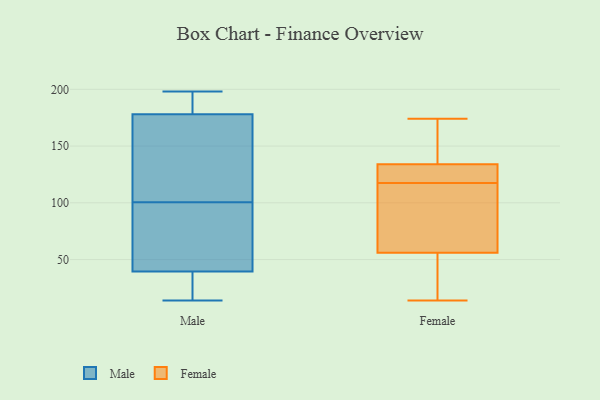
{"axis": {"x": "Energy Usage (MWh)", "y": "Value"}, "legend": ["Female", "Male"], "data": [{"x": "", "y": 119, "type": "Male"}, {"x": "", "y": 146, "type": "Male"}, {"x": "", "y": 177, "type": "Male"}, {"x": "", "y": 39, "type": "Male"}, {"x": "", "y": 52, "type": "Male"}, {"x": "", "y": 186, "type": "Male"}, {"x": "", "y": 188, "type": "Male"}, {"x": "", "y": 36, "type": "Male"}, {"x": "", "y": 82, "type": "Male"}, {"x": "", "y": 47, "type": "Male"}, {"x": "", "y": 198, "type": "Male"}, {"x": "", "y": 142, "type": "Male"}, {"x": "", "y": 179, "type": "Male"}, {"x": "", "y": 14, "type": "Male"}, {"x": "", "y": 76, "type": "Male"}, {"x": "", "y": 34, "type": "Male"}, {"x": "", "y": 179, "type": "Male"}, {"x": "", "y": 161, "type": "Male"}, {"x": "", "y": 17, "type": "Male"}, {"x": "", "y": 40, "type": "Male"}, {"x": "", "y": 56, "type": "Female"}, {"x": "", "y": 89, "type": "Female"}, {"x": "", "y": 50, "type": "Female"}, {"x": "", "y": 121, "type": "Female"}, {"x": "", "y": 131, "type": "Female"}, {"x": "", "y": 43, "type": "Female"}, {"x": "", "y": 133, "type": "Female"}, {"x": "", "y": 174, "type": "Female"}, {"x": "", "y": 160, "type": "Female"}, {"x": "", "y": 123, "type": "Female"}, {"x": "", "y": 134, "type": "Female"}, {"x": "", "y": 14, "type": "Female"}, {"x": "", "y": 138, "type": "Female"}, {"x": "", "y": 114, "type": "Female"}, {"x": "", "y": 142, "type": "Female"}, {"x": "", "y": 78, "type": "Female"}, {"x": "", "y": 46, "type": "Female"}, {"x": "", "y": 99, "type": "Female"}]}